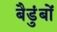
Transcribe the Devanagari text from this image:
बैडुंबों